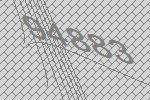
94883